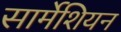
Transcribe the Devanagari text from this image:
सार्मेशियन